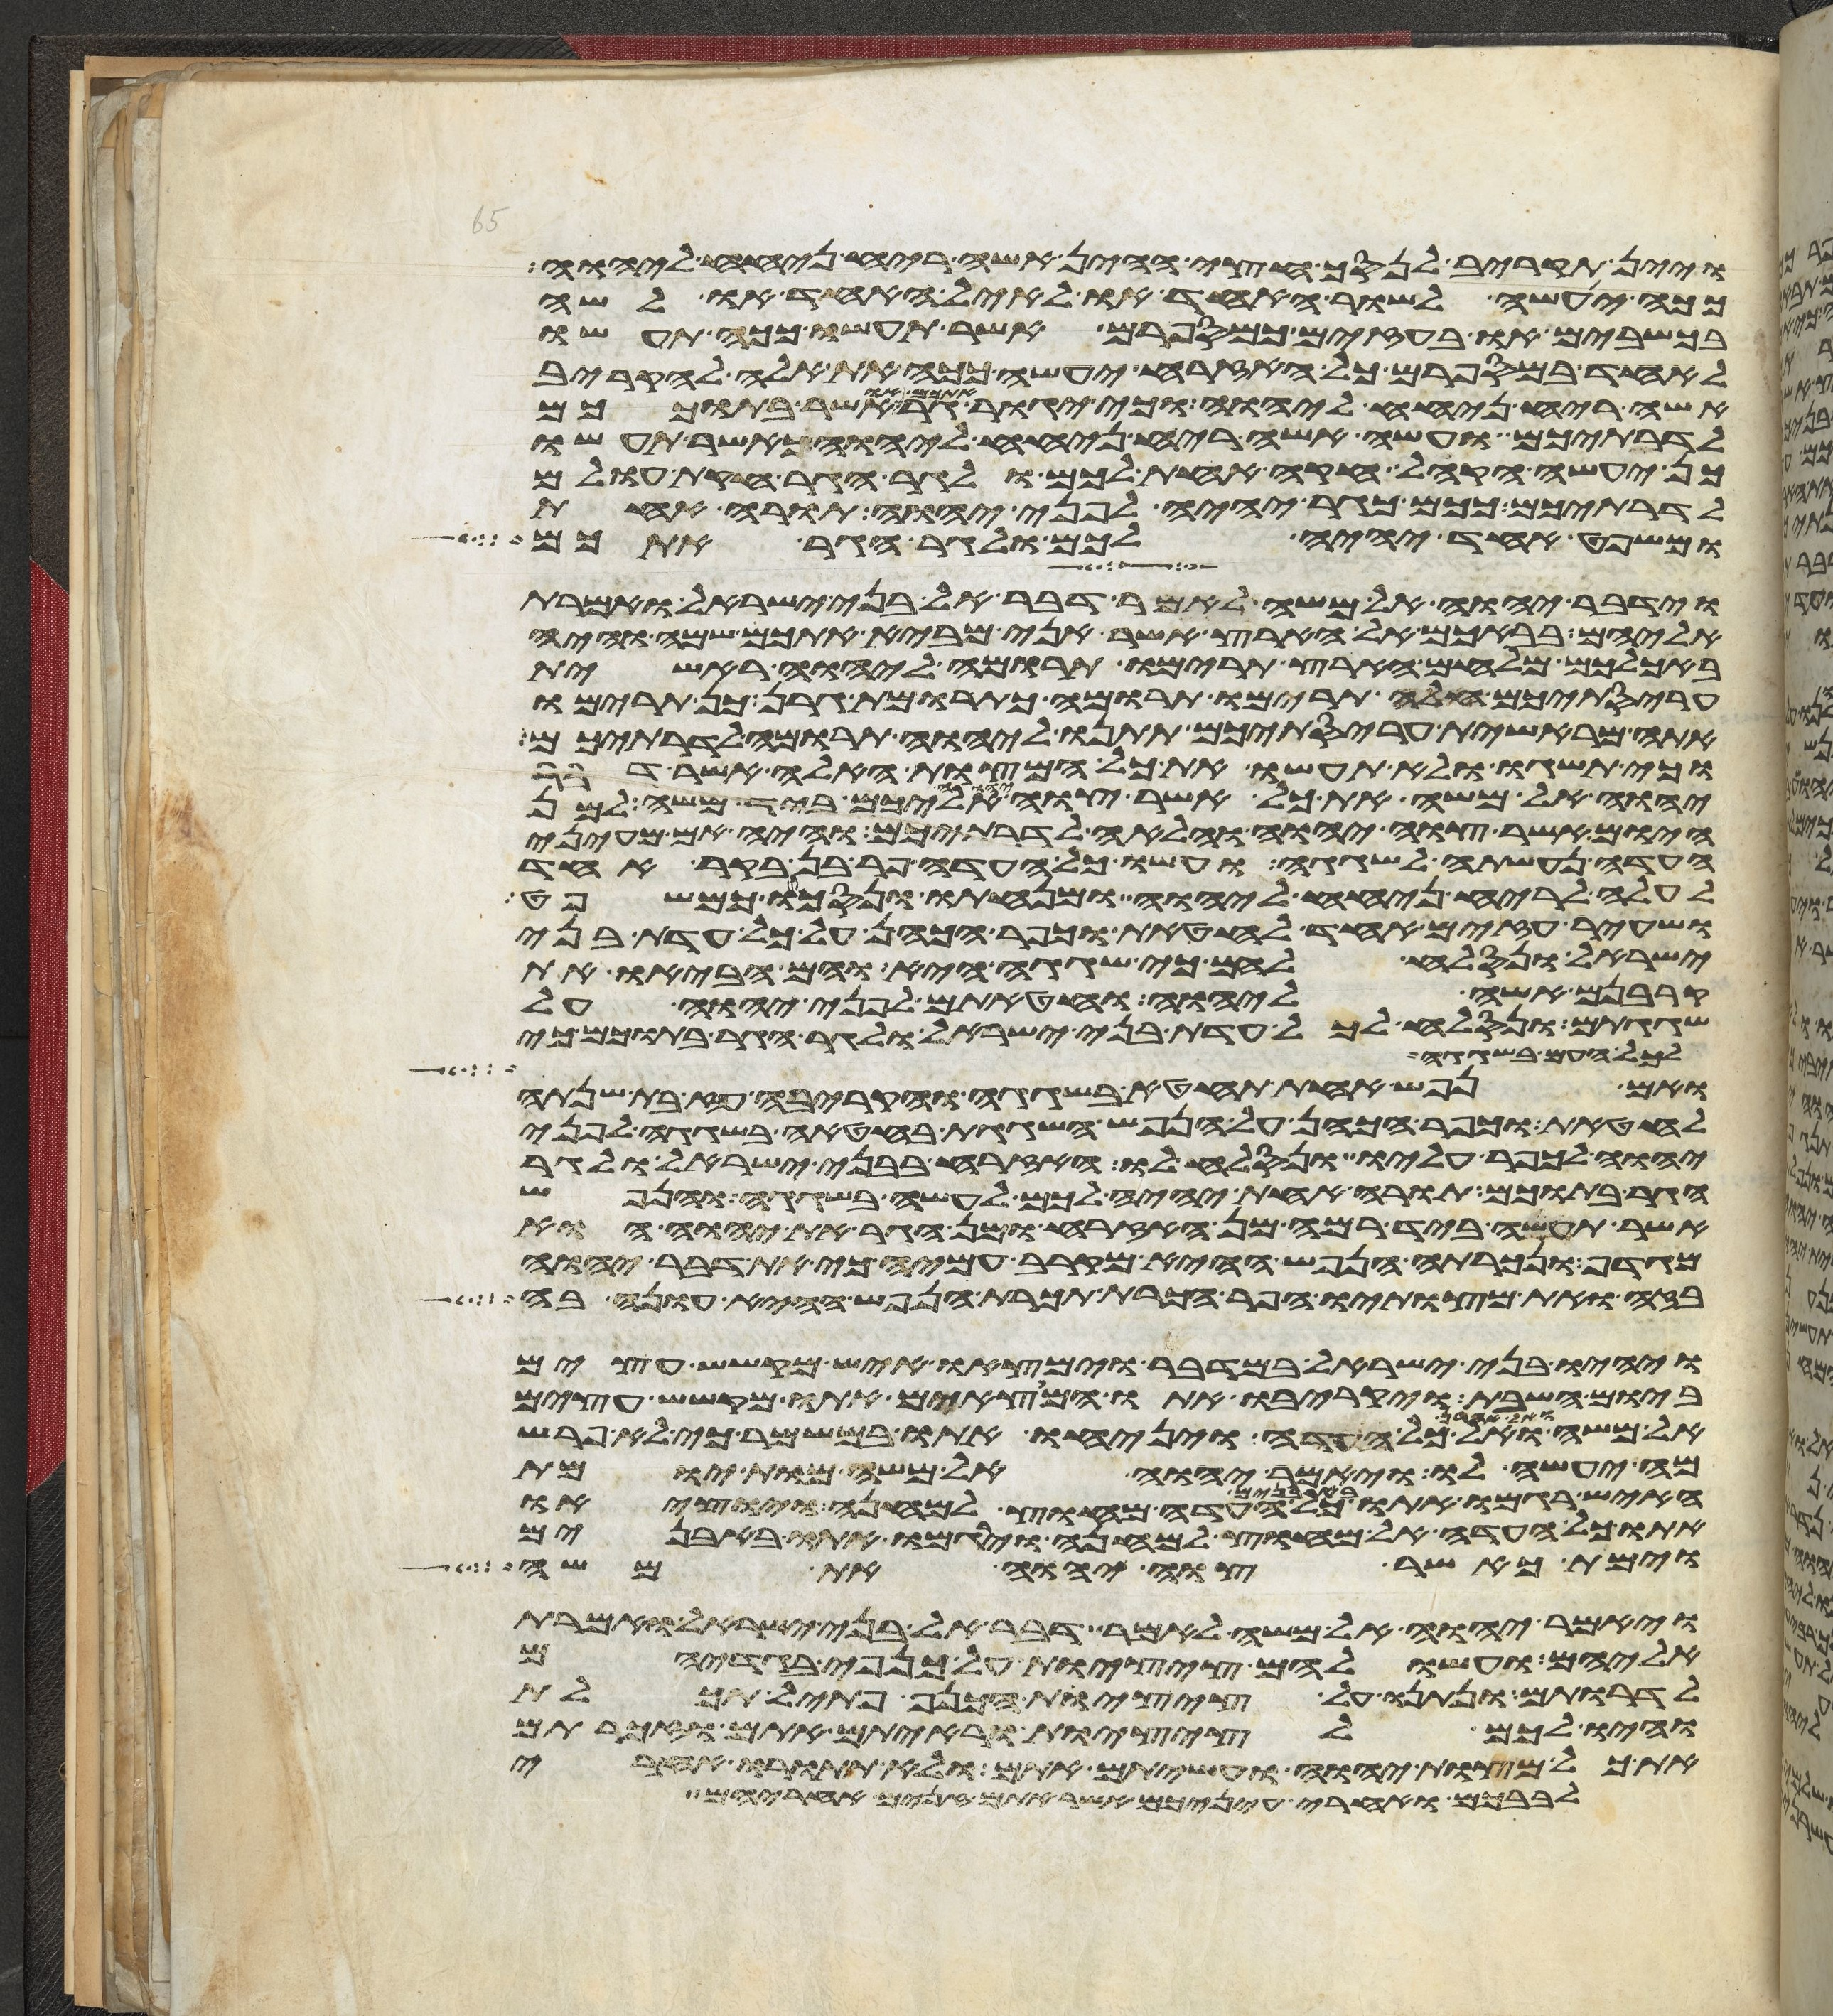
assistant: ויין תקריב לנסך חצי ההין אשה ריח ניחח ליהוה
ככה יעשה לשור האחד או לאיל האחד או לשה
בכשבים או בעזים כמספרם אשר תעשו ככה תעשו
לאחד במספרם כל האזרח יעשה ככה את אלה להקריב
אשה ריח ניחח ליהוה וכי יגור אתכם גר או אשר בתוככם
לדרתיכם ועשה אשה ריח ניחח ליהוה כאשר תעשו
כן יעשה הקהל חקה אחת לכם ולגר הגר חקת עולם
לדרתיכם ככם כגר יהיה לפני יהוה תורה אחת
ומשפט אחד יהיה לכם ולגר הגר אתכם
וידבר יהוה אל משה לאמר דבר אל בני ישראל ואמרת
אליהם בבאכם אל הארץ אשר אני מביא אתכם שמה והיה
באכלכם מלחם הארץ תרימו תרומה ליהוה ראשית
עריסתיכם חלה תרימו תרומה כתרומת גרן כן תרימו
אתה מראשית עריסתיכם תתנו ליהוה תרומה לדרתיכם
וכי תשגו ולא תעשו את כל המצות האלה אשר דבר
יהוה אל משה את כל אשר צוה יהוה אליכם ביד משה למן
היום אשר צוה יהוה והלאה לדרתיכם והיה אם מעיני
העדה נעשתה לשגגה ועשו כל העדה פר בן בקר אחד
לעלה לריח ניחח ליהוה ומנחתו ונסכו כמשפט
ושעיר עזים אחד לחטאת וכפר הכהן על כל עדת בני
ישראל ונסלח להם כי שגגה היא והם הביאו את
קרבנם אשה ליהוה וחטאתם לפני יהוה על
שגגתם ונסלח לכל עדת בני ישראל ולגר הגר בתוכם כי
לכל העם בשגגה
ואם נפש אחת תחטא בשגגה והקריבה עז בת שנתה
לחטאת וכפר הכהן על הנפש השגגת בחטאה בשגגה לפני
יהוה לכפר עליו ונסלח לו האזרח בבני ישראל ולגר
הגר בתוכם תורה אחת יהיה לכם לעשה בשגגה והנפש
אשר תעשה ביד רמה מן האזרח ומן הגר את יהוה הוא
מגדף ונכרתה הנפש ההיא מקרב עמיה כי את דבר יהוה
בזה ואת מצותיו הפר הכרת תכרת הנפש ההיא עונה בה
ויהיו בני ישראל במדבר וימצאו איש מקשש עצים
ביום השבת ויקריבו אתו המצאים אתו מקשש עצים
אל משה ואל אהרן ואל כל העדה ויניחו אתו במשמר כי לא פרש
מה יעשה לו ויאמר יהוה אל משה מות יומת
האיש רגמו אתו באבנים כל העדה מחוץ למחנה ויוציאו
אתו כל העדה אל מחוץ למחנה וירגמו אתו באבנים
וימת כאשר צוה יהוה את משה
ויאמר יהוה אל משה לאמר דבר אל בני ישראל ואמרת
אליהם ועשו להם ציצות על כנפי בגדיהם
לדרתם ונתנו על ציצית הכנף פתיל תכלת
והיו לכם לציצות וראיתם אתם וזכרתם
את כל מצות יהוה ועשיתם אתם ולא תתורו אחרי
לבבכם ואחרי עיניכם אשר אתם זנים אחריהם